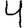
Digit: 4